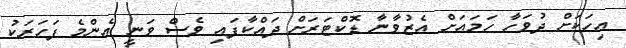
އިހަކަށް ދުވަހާ ހަމައަށް އެޒުވާނާ ޑޮކްޓަރަށް ދައްކާފައި ވެސް ވަނީ އެންމެ ފަހަރަކު